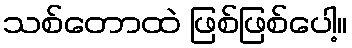
သစ်တောထဲ ဖြစ်ဖြစ်ပေါ့။